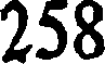
258